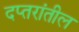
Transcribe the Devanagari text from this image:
दप्तरांतील